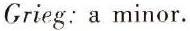
Grieg: a minor